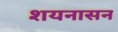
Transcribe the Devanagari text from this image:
शयनासन